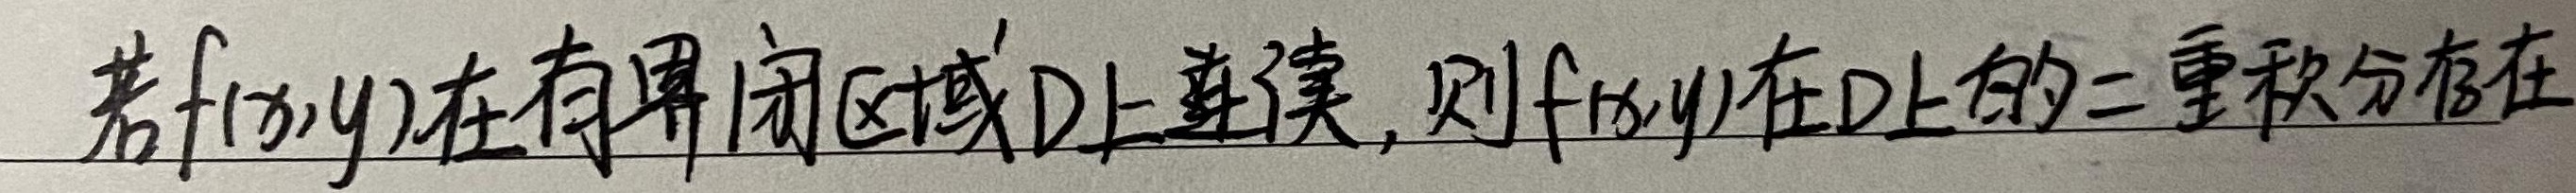
若\(f(x,y)\)在有界闭区域\(D\)上连续，则\(f(x,y)\)在\(D\)上的二重积分存在